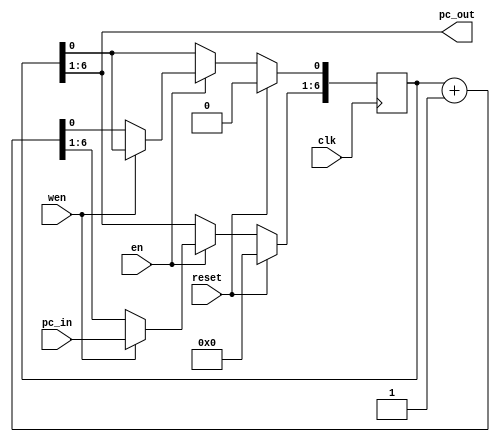
module pc_incrementor
	#(parameter INST_ADDR_WIDTH = 6)

   (input clk,
	 input en,
	 input reset,
	 input wen,
	 input [INST_ADDR_WIDTH - 1:0] 	pc_in,
    output [INST_ADDR_WIDTH-1:0] pc_out
	 );
   
reg [(INST_ADDR_WIDTH -1 )+ 1:0] pc_out_reg;
assign pc_out = pc_out_reg[(INST_ADDR_WIDTH - 1) + 1 :1];

always @ (posedge clk)
 begin : COUNTER 
   if (reset) begin
     pc_out_reg <=   'b0;
   end
   else if (en) begin
		if (wen) begin
			pc_out_reg[(INST_ADDR_WIDTH - 1) + 1 :1] <= pc_in;
		end
		else begin
			pc_out_reg 	<= pc_out_reg + 'b1;
		end // else
   end // else if not enable
end // always
	
endmodule